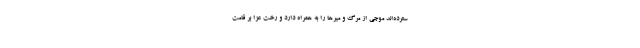
سترده‌اند موجی از مرگ و میرها را به همراه دارد و رخت عزا بر قامت